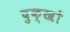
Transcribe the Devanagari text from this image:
दुक्खों